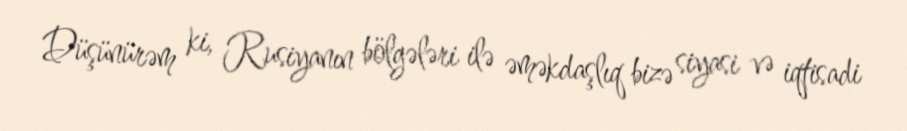
Düşünürəm ki, Rusiyanın bölgələri ilə əməkdaşlıq bizə siyasi və iqtisadi